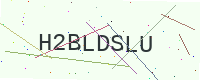
Text: H2BLDSLU